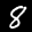
Label: 8